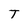
Character: T